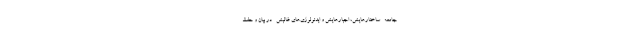
جامعه -ساختارهایش، اجبارهایش و ایدئولوژی‌های غالبش- در بیان و حفظ